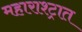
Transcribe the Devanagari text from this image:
महाराश्ट्रात